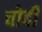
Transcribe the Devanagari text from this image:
चोदी